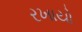
રખાયો